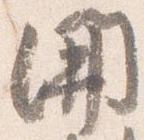
開